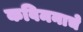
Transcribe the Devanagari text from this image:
कविमनाचे